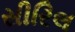
સીરિલ